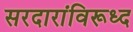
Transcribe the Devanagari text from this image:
सरदारांविरूध्द